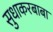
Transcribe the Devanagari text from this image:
सुधाकरबाबा